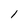
Character: 1